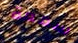
سمعة